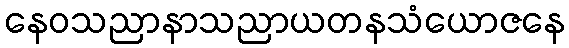
နေဝသညာနာသညာယတနသံယောဇနေ